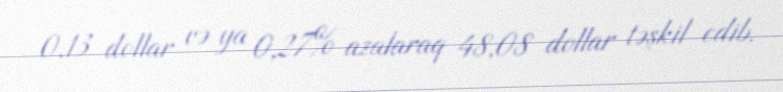
0,13 dollar və ya 0,27% azalaraq 48,08 dollar təşkil edib.